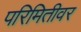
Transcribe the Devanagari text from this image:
परिमितीवर